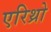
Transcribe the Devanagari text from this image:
एरिथ्रो